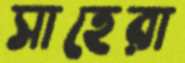
সাহেরা